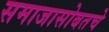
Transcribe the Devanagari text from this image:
समाजासोबतचे